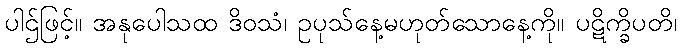
ပါဌ်ဖြင့်။ အနုပေါသထ ဒိဝသံ၊ ဥပုသ်နေ့မဟုတ်သောနေ့ကို။ ပဋိက္ခိပတိ၊